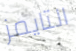
التايمز